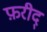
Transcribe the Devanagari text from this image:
फ़रीद्